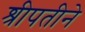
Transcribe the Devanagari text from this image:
श्रीपतीने